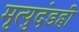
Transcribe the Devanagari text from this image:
मृत्युदंडही